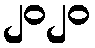
၂၀၂၀